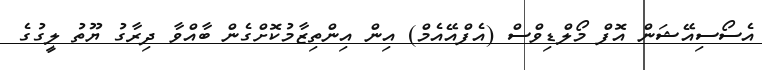
އެސޯސިއޭޝަން އޮފް މޯލްޑިވްސް (އެފްއޭއެމް) އިން އިންތިޒާމުކޮށްގެން ބާއްވާ ދިރާގު ޔޫތު ލީގުގެ